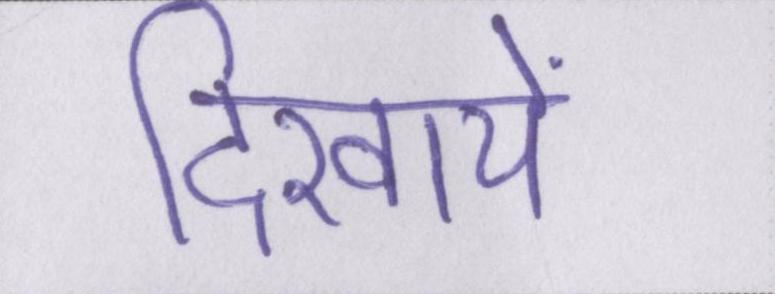
दिखायें